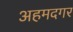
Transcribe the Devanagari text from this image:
अहमदगर